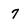
Character: 7